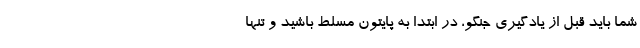
شما باید قبل از یادگیری جنگو، در ابتدا به پایتون مسلط باشید و تنها